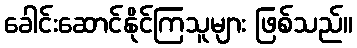
ခေါင်းဆောင်နိုင်ကြသူများ ဖြစ်သည်။